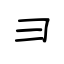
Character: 彐